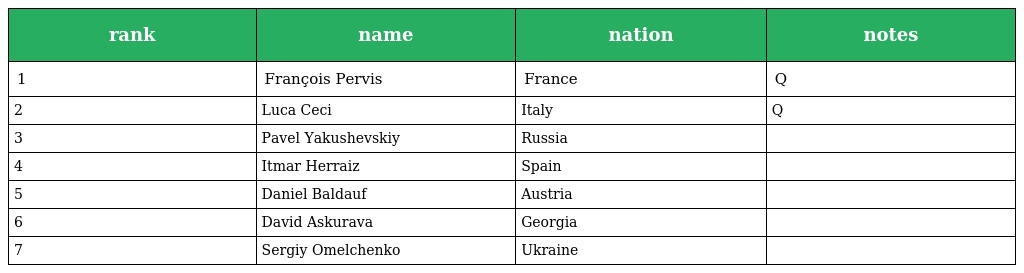
| rank | name | nation | notes |
 | --- | --- | --- | --- |
 | 1 | François Pervis | France | Q |
 | 2 | Luca Ceci | Italy | Q |
 | 3 | Pavel Yakushevskiy | Russia |  |
 | 4 | Itmar Herraiz | Spain |  |
 | 5 | Daniel Baldauf | Austria |  |
 | 6 | David Askurava | Georgia |  |
 | 7 | Sergiy Omelchenko | Ukraine |  |